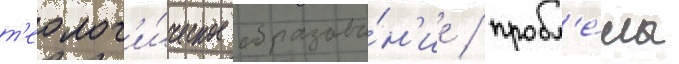
т'еолог'и́ческое образова́н'ие / пробл'е́мы